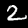
Digit: 2